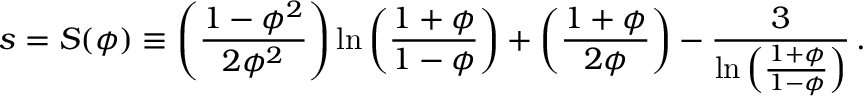
s = { \cal S } ( \phi ) \equiv \left( \frac { 1 - \phi ^ { 2 } } { 2 \phi ^ { 2 } } \right) \ln \left( \frac { 1 + \phi } { 1 - \phi } \right) + \left( \frac { 1 + \phi } { 2 \phi } \right) - \frac { 3 } { \ln \left( \frac { 1 + \phi } { 1 - \phi } \right) } \, .